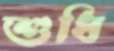
শুধি